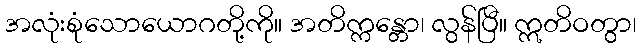
အလုံးစုံသောယောဂတို့ကို။ အတိက္ကန္တော၊ လွန်ပြီ။ ဣတိဝတွာ၊